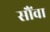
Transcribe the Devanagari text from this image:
सौंवा